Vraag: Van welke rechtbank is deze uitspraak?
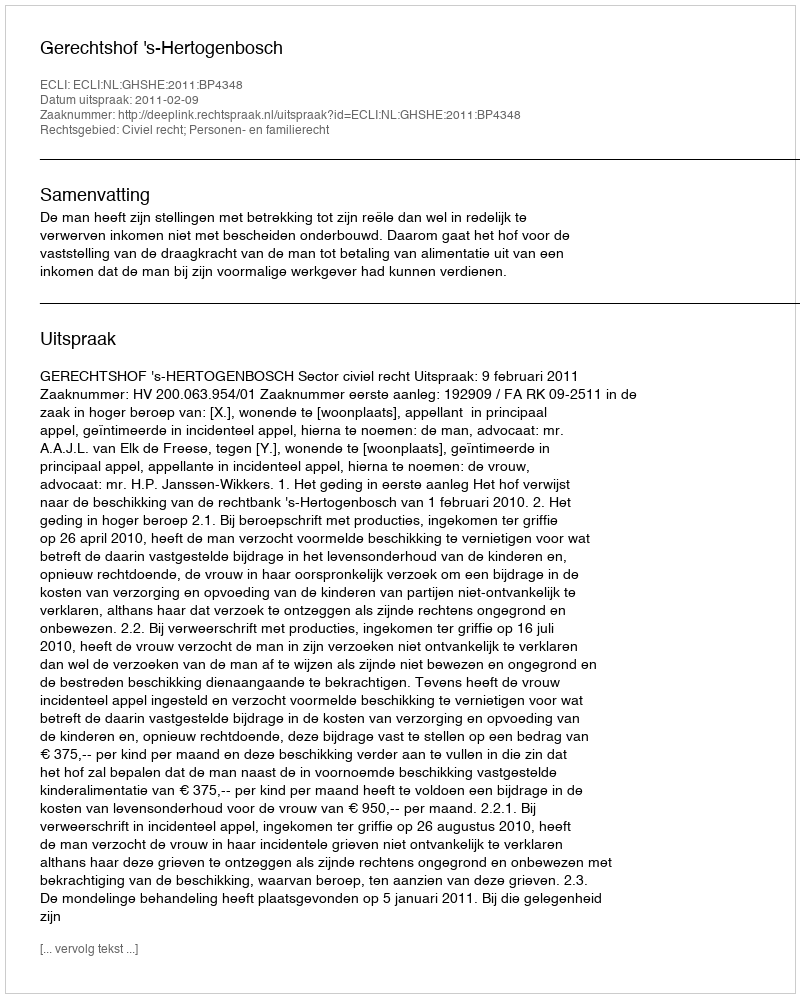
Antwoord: Gerechtshof 's-Hertogenbosch